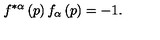
f ^ { * \alpha } \left( p \right) f _ { \alpha } \left( p \right) = - 1 .